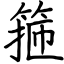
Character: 箍